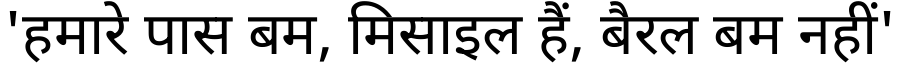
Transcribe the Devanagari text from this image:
'हमारे पास बम, मिसाइल हैं, बैरल बम नहीं'